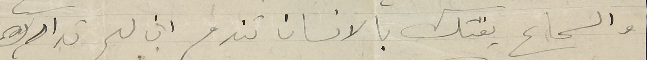
والسماع يفتك بالانسان تندم ان لم تدارك